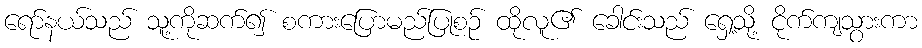
ရော်နယ်သည် သူ့ကိုဆက်၍ စကားပြောမည်ပြုစဉ် ထိုလူ၏ ခေါင်းသည် ရှေ့သို့ ငိုက်ကျသွားကာ